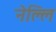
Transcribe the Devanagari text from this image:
नेल्लि